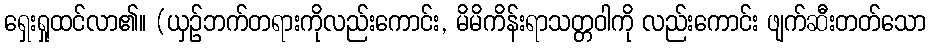
ရှေးရှုထင်လာ၏။ (ယှဉ်ဘက်တရားကိုလည်းကောင်း, မိမိကိန်းရာသတ္တဝါကို လည်းကောင်း ဖျက်ဆီးတတ်သော